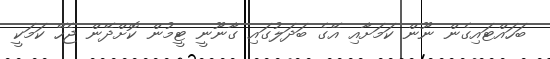
ބަހައްޓައިގެން ނޫން ކަމަށާއި އޭގެ ބަދަލުގައި ގާނޫނީ ޓީމުން ކޮށްދޭން ޖެހޭ ކަމަކީ